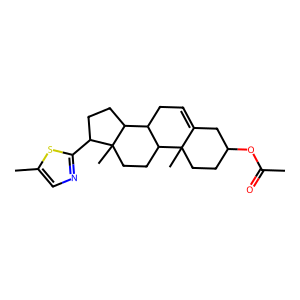
SMILES: CC(=O)OC1CCC2(C)C(=CCC3C2CCC2(C)C(c4ncc(C)s4)CCC32)C1
Inhibits HIV replication: No